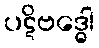
ပဋိဗဒ္ဓေါ